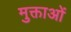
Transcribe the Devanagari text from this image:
मुक्ताओं